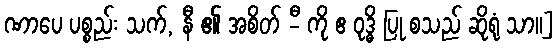
ဏာပေ ပစ္စည်း သက်, နီ ၏ အစိတ် -ီ ကို ဧ ဝုဒ္ဓိ ပြု စသည် ဆိုရုံ သာ။]